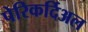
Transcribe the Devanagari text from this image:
पेरिकर्दिअल